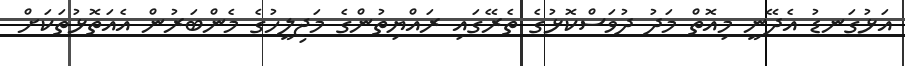
އަޅުގަނޑު އެދޭނީ މިއޮތް މަދު ދުވަސްކޮޅުގެ ތެރޭގައި ރައްޔިތުންގެ މަޖިލީހުގެ މެންބަރުން އެއަތޮޅުތަކަށް